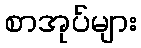
စာအုပ်များ